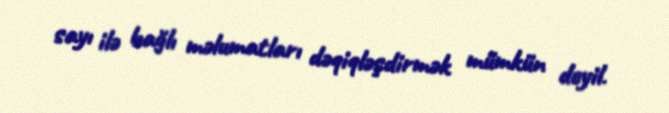
sayı ilə bağlı məlumatları dəqiqləşdirmək mümkün deyil.